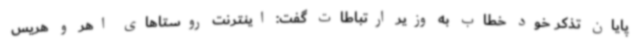
پایان تذکر خود خطاب به وزیر ارتباطات گفت: اینترنت روستاهای اهر و هریس